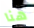
هنا